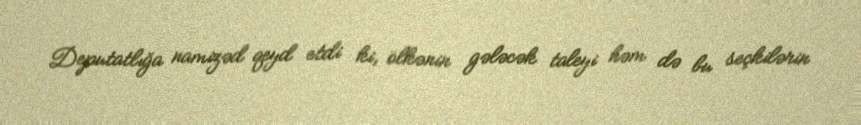
Deputatlığa namizəd qeyd etdi ki, ölkənin gələcək taleyi həm də bu seçkilərin